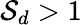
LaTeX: {\cal S}_{d}>1